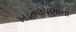
ખડતલપણાનો